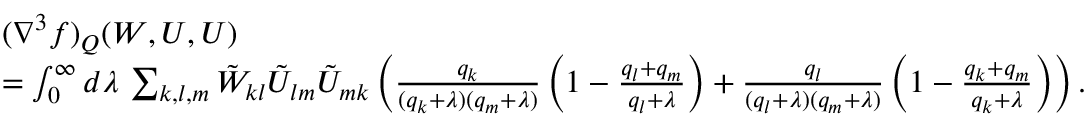
\begin{array} { r l } & { ( \nabla ^ { 3 } f ) _ { Q } ( W , U , U ) } \\ & { = \int _ { 0 } ^ { \infty } d \lambda \, \sum _ { k , l , m } \tilde { W } _ { k l } \tilde { U } _ { l m } \tilde { U } _ { m k } \left( \frac { q _ { k } } { ( q _ { k } + \lambda ) ( q _ { m } + \lambda ) } \left( 1 - \frac { q _ { l } + q _ { m } } { q _ { l } + \lambda } \right) + \frac { q _ { l } } { ( q _ { l } + \lambda ) ( q _ { m } + \lambda ) } \left( 1 - \frac { q _ { k } + q _ { m } } { q _ { k } + \lambda } \right) \right) . } \end{array}